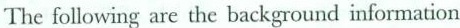
The following are the background information